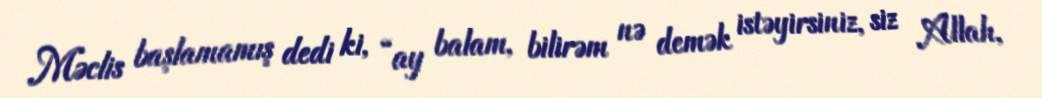
Məclis başlamamış dedi ki, “ay balam, bilirəm nə demək istəyirsiniz, siz Allah,